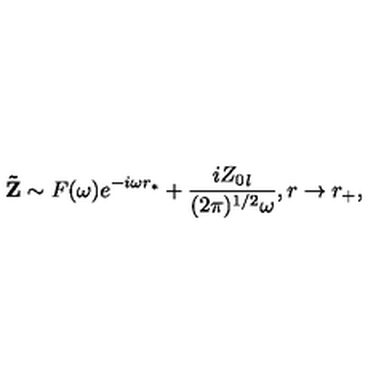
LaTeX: { \bf \tilde { Z } } \sim F ( \omega ) e ^ { - i \omega r _ { * } } + \frac { i { Z _ { 0 } } _ { l } } { ( 2 \pi ) ^ { 1 / 2 } \omega } , r \rightarrow r _ { + } ,